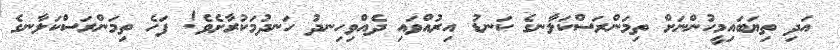
އަދި ތިޔަބައިމީހުންނަށް ތިމަންރަސްކަލާނގެ ކަނޑު އިރުއްވައި ދެއްވިހިނދު ހަނދުމަކުރާށެވެ! ފަހެ ތިމަންރަސްކަލާނގެ